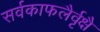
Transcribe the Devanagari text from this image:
सर्वकाफलैर्वृक्षै